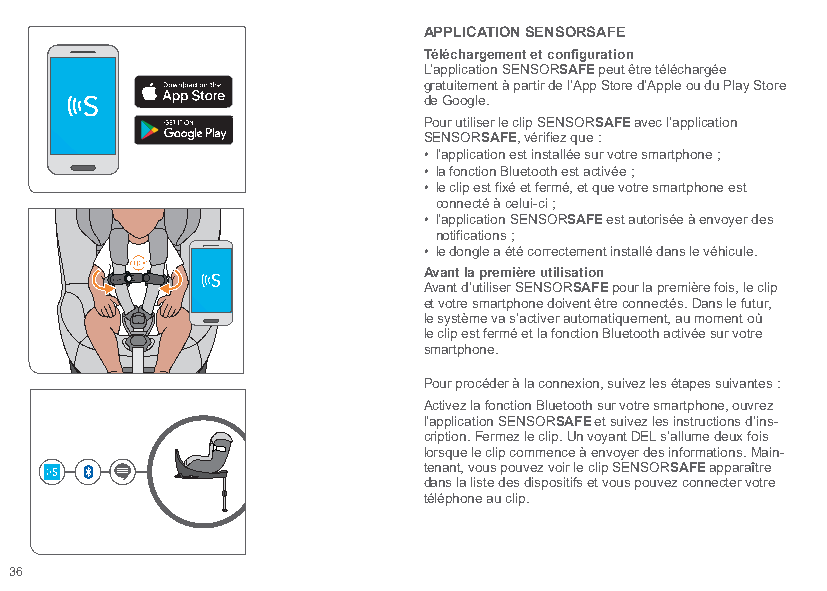
APPLICATION SENSORSAFE
 Téléchargement et configuration
 L’application SENSORSAFE peut être téléchargée
 gratuitement à partir de l’App Store d’Apple ou du Play Store
 de Google.
 Pour utiliser le clip SENSORSAFE avec l’application
 SENSORSAFE, vérifiez que :
 • l’application est installée sur votre smartphone ;
 • la fonction Bluetooth est activée ;
 • le clip est fixé et fermé, et que votre smartphone est
 connecté à celui-ci ;
 • l’application SENSORSAFE est autorisée à envoyer des
 notifications ;
 • le dongle a été correctement installé dans le véhicule.
 Avant la première utilisation
 Avant d’utiliser SENSORSAFE pour la première fois, le clip
 et votre smartphone doivent être connectés. Dans le futur,
 le système va s’activer automatiquement, au moment où
 le clip est fermé et la fonction Bluetooth activée sur votre
 smartphone.
 Pour procéder à la connexion, suivez les étapes suivantes :
 Activez la fonction Bluetooth sur votre smartphone, ouvrez
 l’application SENSORSAFE et suivez les instructions d’ins-
 cription. Fermez le clip. Un voyant DEL s’allume deux fois
 lorsque le clip commence à envoyer des informations. Main-
 tenant, vous pouvez voir le clip SENSORSAFE apparaître
 dans la liste des dispositifs et vous pouvez connecter votre
 téléphone au clip.
 36